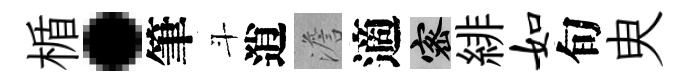
楯·筆斗逍澹適密緋如旬㬰